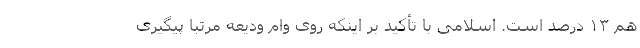
هم ۱۳ درصد است. اسلامی با تأکید بر اینکه روی وام ودیعه مرتباً پیگیری